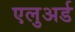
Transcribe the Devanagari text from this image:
एलुअर्ड